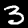
Digit: 3